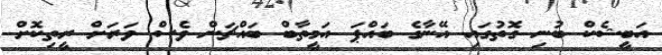
އަބީޝެކް ބުނި ގޮތުގައި އޭނާގެ ބައްޕަ އަމީތާބް ބައްޗަން ވެސް ވަރަށް ރީތިކޮށް